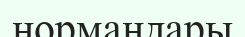
нормандары